Document type: Grant
Year: 1301
Scribe: Berenguer de Terrassa
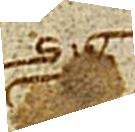
Sig